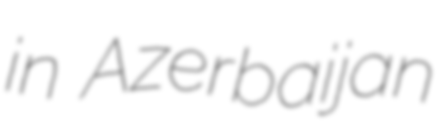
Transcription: in Azerbaijan